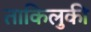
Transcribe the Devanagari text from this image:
ताकिलुकी